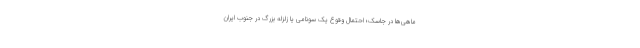
ماهی‌‌ها در جاسک؛ احتمال وقوع یک سونامی یا زلزله بزرگ در جنوب ایران